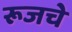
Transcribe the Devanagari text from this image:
रूजचे